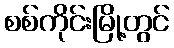
စစ်ကိုင်းမြို့တွင်